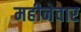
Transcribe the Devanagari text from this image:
महीनेवार